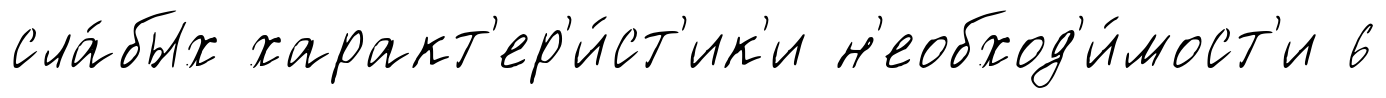
сла́бых характ'ер'и́ст'ик'и н'еобход'и́мост'и 6